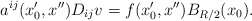
\begin{align*} a^{ij}(x_0',x'')D_{ij}v=f(x_0',x'')B_{R/2}(x_0).\end{align*}